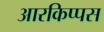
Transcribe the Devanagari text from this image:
आरकिप्पस